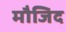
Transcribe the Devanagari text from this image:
मौजिद